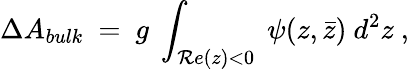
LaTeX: \Delta A_{bulk}~=~g~\int_{{\cal R}e(z)<0}~\psi(z,\bar{z})~d^{2}z\ ,